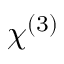
\chi ^ { ( 3 ) }